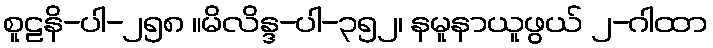
စူဠနိ-ပါ-၂၅၈ ။မိလိန္ဒ-ပါ-၃၅၂၊ နမူနာယူဖွယ် ၂-ဂါထာ